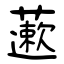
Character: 藗